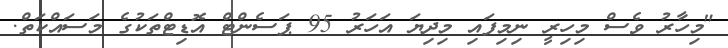
"މިހާރު ވެސް މިހިރީ ނިމިފައި މިދިޔަ އަހަރު 95 ޕަސެންޓް އޮޑިޓްތަކުގެ މަސައްކަތް.